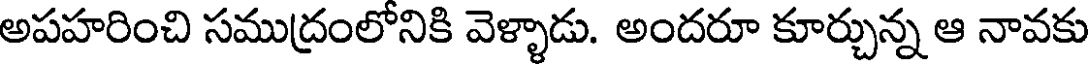
అపహరించి సముద్రంలోనికి వెళ్ళాడు. అందరూ కూర్చున్న ఆ నావకు